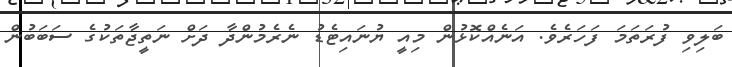
ބަލިވި ފުރަތަމަ ފަހަރެވެ. އަނެއްކޮޅުން މިއީ ޔުނައިޓެޑު ނެރެމުންދާ ދަށް ނަތީޖާތަކުގެ ސަބަބުން